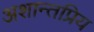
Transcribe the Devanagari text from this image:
अशान्तप्रिय